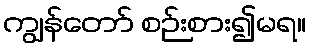
ကျွန်တော် စဉ်းစား၍မရ။